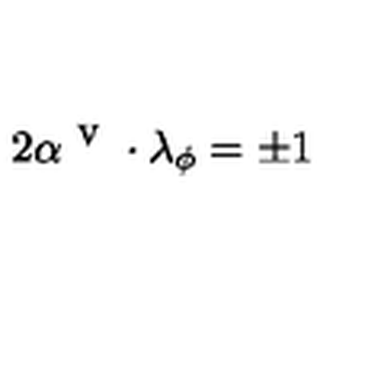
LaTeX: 2 \alpha ^ { \textrm { v } } \cdot \lambda _ { \phi } = \pm 1